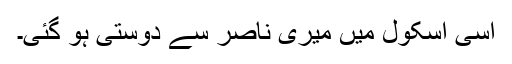
اسی اسکول میں میری ناصر سے دوستی ہو گئی۔